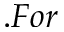
. F o r